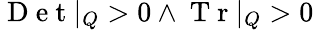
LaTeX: \mathrm{~D~e~t~}|_{Q}>0\land\mathrm{~T~r~}|_{Q}>0